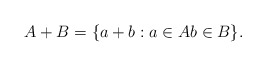
\begin{align*}A+B = \{a+b: a \in A b \in B\}.\end{align*}